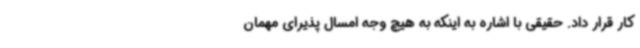
کار قرار داد. حقیقی با اشاره به اینکه به هیچ وجه امسال پذیرای مهمان